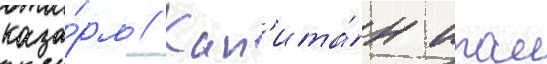
каза́рм // Кап'ита́н итан